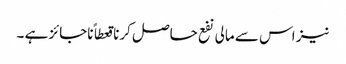
نیز اس سے مالی نفع حاصل کرنا قعطاً ناجائز ہے ۔